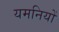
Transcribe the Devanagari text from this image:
यमनियों